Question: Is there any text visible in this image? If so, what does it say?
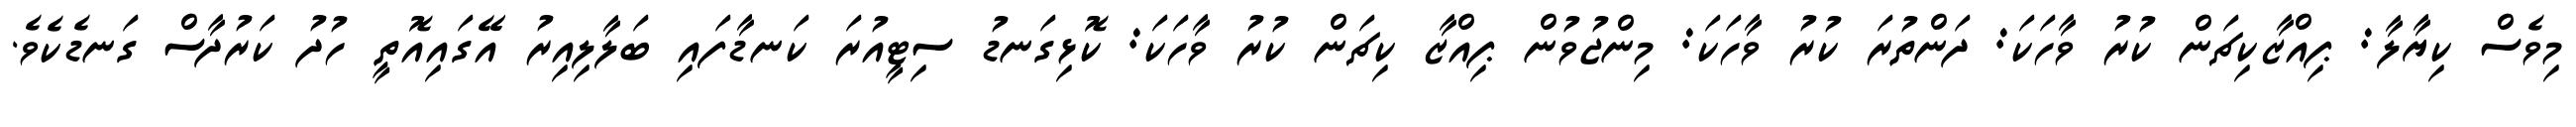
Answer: މިވެސް ކިޔާލާ: ޕިއްޒާކިޗަން ކުރު ވާހަކަ: ދަންތުރަ ކުރު ވާހަކަ: މިންޖުވުން ޕިއްޒާ ކިޗަން ކުރު ވާހަކަ: ކޮޅިގަނޑު ސިޓީއުރަ ކަނޑާފައި ބަލާލިއިރު އޭގައިއޮތީ ހުދު ކަރުދާސް ގަނޑެކެވެ.